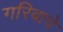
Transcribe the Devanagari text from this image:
गरिबाचे